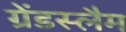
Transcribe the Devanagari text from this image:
ग्रेंडस्लैम